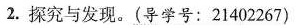
2.探究与发现。(导学号：21402267)